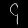
Digit: ၄